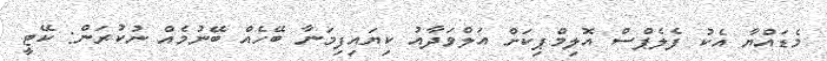
މެޑައްޔާ އެކު ފެލެޕްސް އޮލިމްޕިކަށް އަލްވަދާއު ކިޔައިފިމަނާ ބޭހެއް ބޭނުމެއް ނުކުރަން: ކޭޓީ